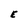
Character: E